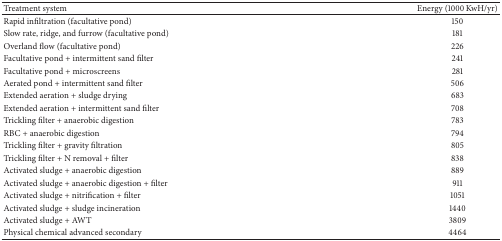
<table><thead><tr><td><b>Treatment system</b></td><td><b>Energy (1000 KwH/yr)</b></td></tr></thead><tbody><tr><td>Rapid infiltration (facultative pond)</td><td>150</td></tr><tr><td>Slow rate, ridge, and furrow (facultative pond)</td><td>181</td></tr><tr><td>Overland flow (facultative pond)</td><td>226</td></tr><tr><td>Facultative pond + intermittent sand filter</td><td>241</td></tr><tr><td>Facultative pond + microscreens</td><td>281</td></tr><tr><td>Aerated pond + intermittent sand filter</td><td>506</td></tr><tr><td>Extended aeration + sludge drying</td><td>683</td></tr><tr><td>Extended aeration + intermittent sand filter</td><td>708</td></tr><tr><td>Trickling filter + anaerobic digestion</td><td>783</td></tr><tr><td>RBC + anaerobic digestion</td><td>794</td></tr><tr><td>Trickling filter + gravity filtration</td><td>805</td></tr><tr><td>Trickling filter + N removal + filter</td><td>838</td></tr><tr><td>Activated sludge + anaerobic digestion</td><td>889</td></tr><tr><td>Activated sludge + anaerobic digestion + filter</td><td>911</td></tr><tr><td>Activated sludge + nitrification + filter</td><td>1051</td></tr><tr><td>Activated sludge + sludge incineration</td><td>1440</td></tr><tr><td>Activated sludge + AWT</td><td>3809</td></tr><tr><td>Physical chemical advanced secondary</td><td>4464</td></tr></tbody></table>